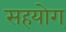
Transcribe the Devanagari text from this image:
सहयोग्